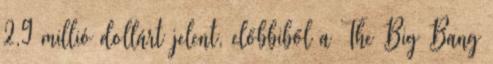
2,9 millió dollárt jelent, előbbiből a The Big Bang